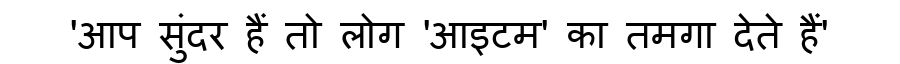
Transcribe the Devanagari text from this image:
'आप सुंदर हैं तो लोग 'आइटम' का तमगा देते हैं'